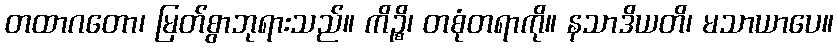
တထာဂတော၊ မြတ်စွာဘုရားသည်။ ကိဉ္စိ၊ တစုံတရာကို။ နသာဒိယတိ၊ မသာယာပေ။